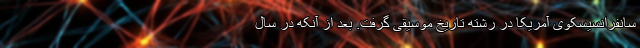
سانفرانسیسکوی آمریکا در رشته تاریخ موسیقی گرفت. بعد از آنکه در سال